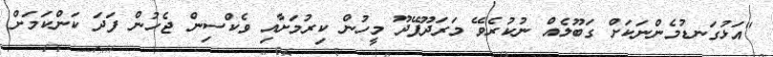
"އަޅުގަނޑުމެންނަކަށް ގަބޫލެއް ނުކުރެވޭ މަރަދޫފޭދޫ މީހުން ކިރުމަށާއި ވެކްސިން ޖެހުން ފަދަ ކަންކަމަށް